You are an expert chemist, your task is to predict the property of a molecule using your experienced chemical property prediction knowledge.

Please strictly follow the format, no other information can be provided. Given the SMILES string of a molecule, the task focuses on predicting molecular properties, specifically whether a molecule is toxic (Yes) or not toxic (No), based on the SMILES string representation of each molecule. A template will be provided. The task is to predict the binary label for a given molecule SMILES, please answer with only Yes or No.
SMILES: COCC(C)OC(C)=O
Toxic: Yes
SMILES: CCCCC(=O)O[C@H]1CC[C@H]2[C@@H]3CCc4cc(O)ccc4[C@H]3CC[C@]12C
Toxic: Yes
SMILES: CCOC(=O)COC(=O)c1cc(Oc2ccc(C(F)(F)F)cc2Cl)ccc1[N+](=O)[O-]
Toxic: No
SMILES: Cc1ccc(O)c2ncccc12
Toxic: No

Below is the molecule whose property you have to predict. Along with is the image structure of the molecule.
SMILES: CC1=C(/C=C/C(C)=C/C=C/C(C)=C/C=C\C=C(C)\C=C\C=C(C)\C=C\C2=C(C)CCCC2(C)C)C(C)(C)CCC1
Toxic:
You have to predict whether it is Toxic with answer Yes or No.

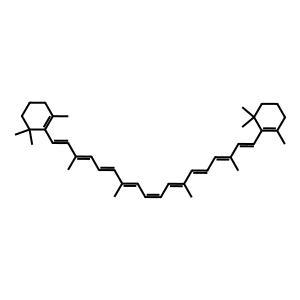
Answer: No